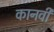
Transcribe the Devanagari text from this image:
कानवी